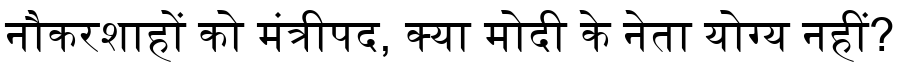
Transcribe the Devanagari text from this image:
नौकरशाहों को मंत्रीपद, क्या मोदी के नेता योग्य नहीं?